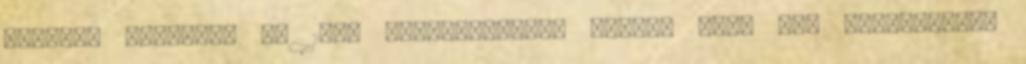
kerület Budafoki út 189. Balatonlelle, Honvéd utca 70. Alapterület